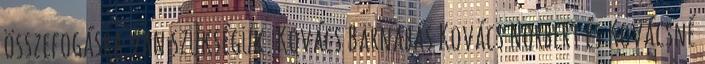
összefogásra van szükségük. Kovács Barnabás Kovács Norbert és Kovácsné